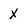
Character: X